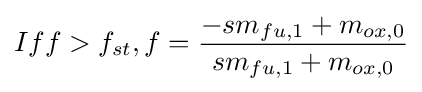
{{If}f>f_{st},f={\frac {-{sm}_{fu,1}+m_{ox,0}}{{sm}_{fu,1}+m_{ox,0}}}}